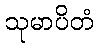
သုမာပိတံ